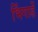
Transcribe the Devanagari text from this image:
भिंगार्डे